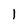
Character: 1